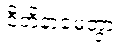
ဝီတိနာမေတွာ